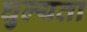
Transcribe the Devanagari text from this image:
घुल्यता